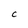
Character: C